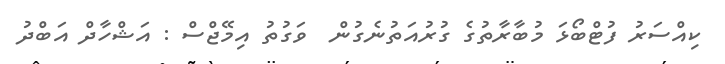
ކިއްސަރު ފުޓްބޯޅަ މުބާރާތުގެ ގުރުއަތުނެގުން  ވަގުތު އިމޭޖްސް : އަޝްހާދް އަބްދު